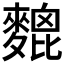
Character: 𪍜